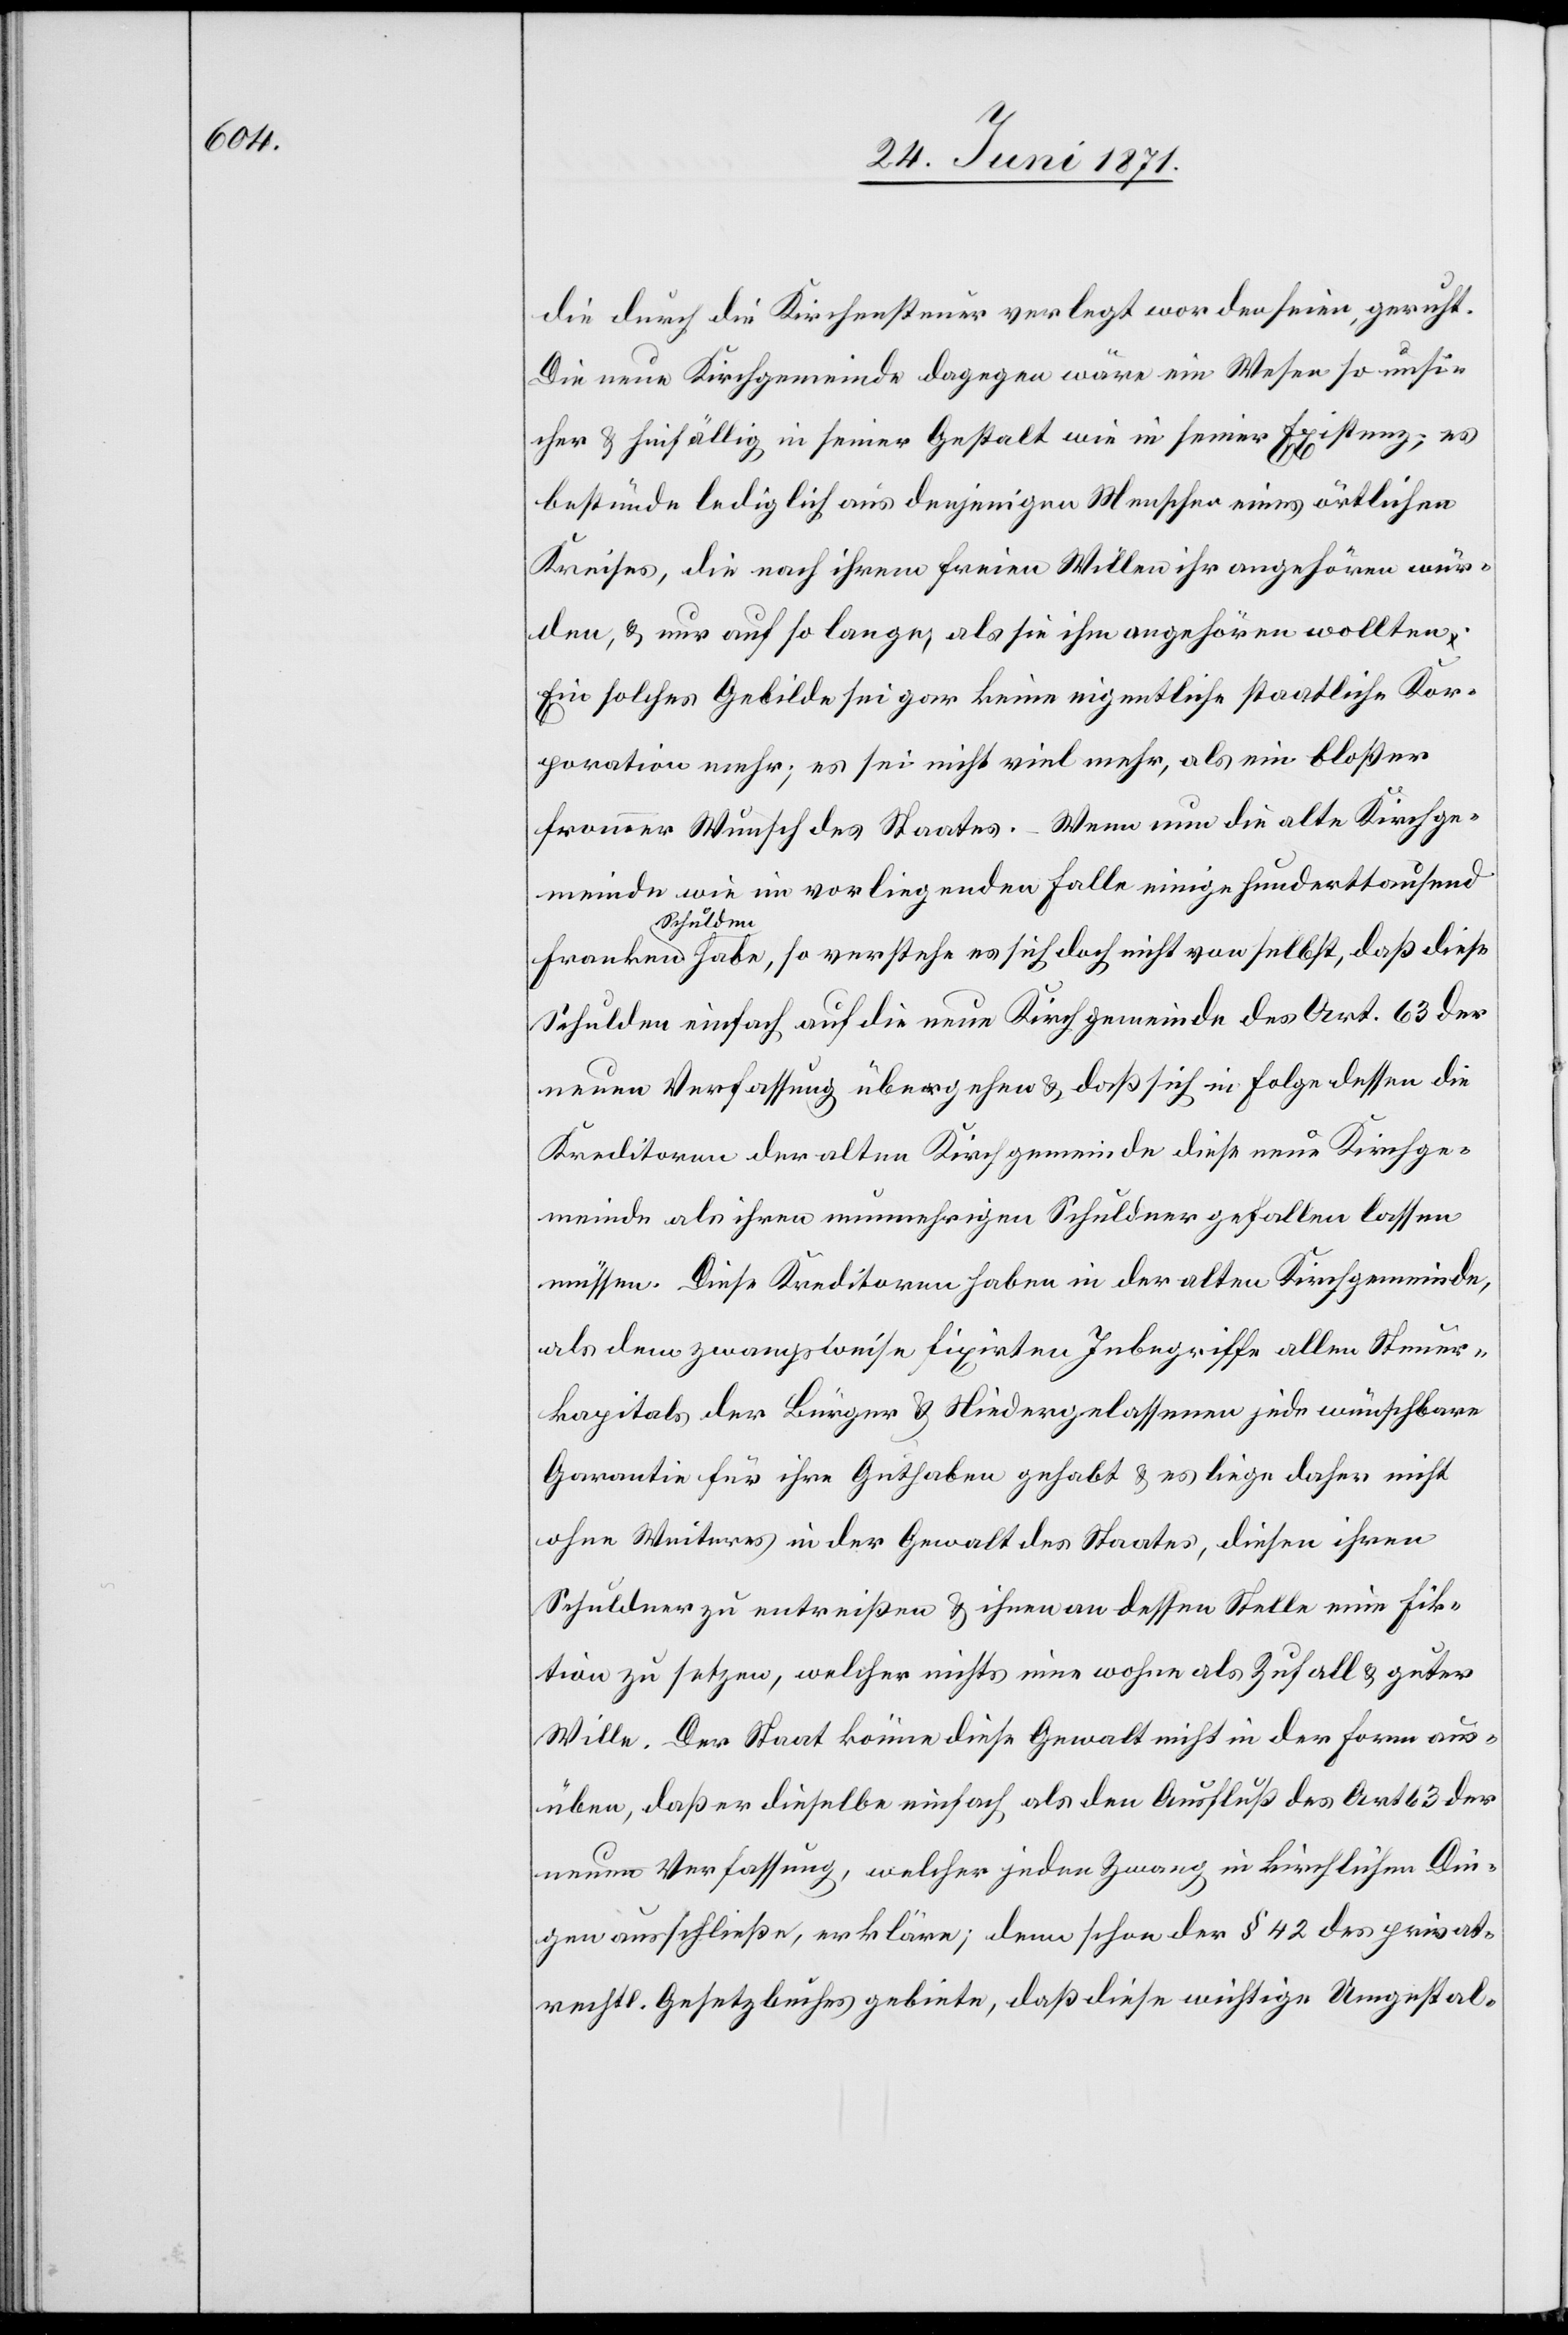
die durch die Kirchensteuer verlegt worden seien, geruht.
Die neue Kirchgemeinde dagegen wäre ein Wesen so unsi¬
cher u. hinfällig in seiner Gestalt wie in seiner Existenz; es
bestünde lediglich aus denjenigen Menschen eines örtlichen
Kreises, die nach ihrem freien Willen ihr angehören wür¬
den, u. nur auf so lange, als sie ihm angehören wollten.
Ein solches Gebilde sei gar keine eigentliche staatliche Kor¬
poration mehr; es sei nicht viel mehr, als ein bloßer
frommer Wunsch des Staates. – Wenn nun die alte Kirchge¬
meinde wie im vorliegenden Falle einige hunderttausend
Franken
Schul¬
den habe, so verstehe es sich doch nicht von selbst, daß diese
Schulden einfach auf die neue Kirchgemeinde des Art. 63 der
neuen Verfassung übergehen u. daß sich in Folge dessen die
Kreditoren der alten Kirchgemeinde diese neue Kirchge¬
meinde als ihren nunmehrigen Schuldner gefallen lassen
müssen. Diese Kreditoren haben in der alten Kirchgemeinde,
als den zwangsweise fixirten Inbegriffe allen Steuer¬
kapitals der Bürger u. Niedergelassenen jede wünschbare
Garantie für ihre Guthaben gehabt u. es liege daher nicht
ohne Weiteres in der Gewalt des Staates, diesen ihren
Schuldner zu entreißen u. ihnen dessen Stelle eine Fik¬
tion zu setzen, welcher nichts inne wohne als Zufall u. guter
Wille. Das Staat könne diese Gewalt nicht in der Form aus¬
üben, daß er dieselbe einfach als den Ausfluß des Art 63 der
neuen Verfassung, welcher jeden Zwang in kirchlichen Din¬
gen ausschließe, erkläre; denn schon der § 42 des privat¬
rechtl. Gesetzbuches gebiete, daß diese wichtige Umgestal-